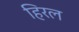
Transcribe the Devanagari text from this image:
हिरल